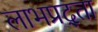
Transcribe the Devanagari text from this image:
लाभप्रद्ता